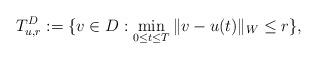
LaTeX: \begin{align*}T_{u,r}^D:=\{v\in D: \min_{0\le t\le T}\|v-u(t)\|_W\le r\},\end{align*}